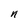
Character: n